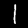
Label: 1